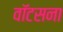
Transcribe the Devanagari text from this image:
वॉटसना